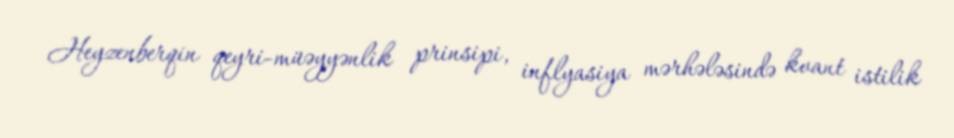
Heyzenberqin qeyri-müəyyənlik prinsipi, inflyasiya mərhələsində kvant istilik